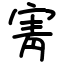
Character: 寈